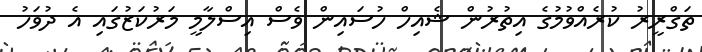
ތަގްރީރު ކުރެއްވުމުގެ އިތުރުން ޝެއިހް ހުސައިން ވެސް އިސްލާމީ މަރުކަޒުގައި އެ ދުވަހު